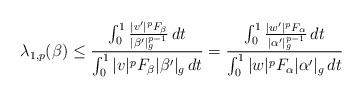
LaTeX: \begin{align*}\lambda_{1,p}(\beta) \le \frac{ \int_0^1 \frac{| v' |^p F_\beta}{|\beta'|_g^{p-1}} \,dt}{\int_0^1 | v |^p F_\beta |\beta'|_g \,dt}= \frac{ \int_0^1 \frac{| w' |^p F_\alpha}{|\alpha'|_g^{p-1}} \,dt}{\int_0^1 | w |^p F_\alpha |\alpha'|_g \,dt}\end{align*}